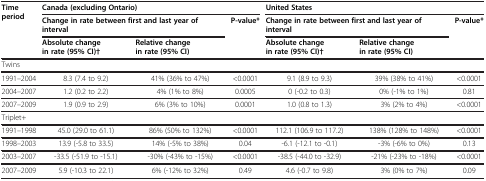
<table><thead><tr><td><b>Time period</b></td><td colspan="3"><b>Canada (excluding Ontario)</b></td><td colspan="3"><b>United States</b></td></tr><tr><td><b> </b></td><td colspan="2"><b>Change in rate between first and last year of interval</b></td><td><b>P-value*</b></td><td colspan="2"><b>Change in rate between first and last year of interval</b></td><td><b>P-value*</b></td></tr><tr><td><b> </b></td><td><b>Absolute change in rate(95% CI)†</b></td><td><b>Relative change in rate(95% CI)</b></td><td><b> </b></td><td><b>Absolute change in rate(95% CI)†</b></td><td><b>Relative change in rate(95% CI)</b></td><td><b> </b></td></tr></thead><tbody><tr><td colspan="7">Twins</td></tr><tr><td>1991–2004</td><td>8.3 (7.4 to 9.2)</td><td>41% (36% to 47%)</td><td>&lt;0.0001</td><td>9.1 (8.9 to 9.3)</td><td>39% (38% to 41%)</td><td>&lt;0.0001</td></tr><tr><td>2004–2007</td><td>1.2 (0.2 to 2.2)</td><td>4% (1% to 8%)</td><td>0.0005</td><td>0 (-0.2 to 0.3)</td><td>0% (-1% to 1%)</td><td>0.81</td></tr><tr><td>2007–2009</td><td>1.9 (0.9 to 2.9)</td><td>6% (3% to 10%)</td><td>0.0001</td><td>1.0 (0.8 to 1.3)</td><td>3% (2% to 4%)</td><td>&lt;0.0001</td></tr><tr><td>Triplet+</td><td> </td><td> </td><td> </td><td> </td><td> </td><td> </td></tr><tr><td>1991–1998</td><td>45.0 (29.0 to 61.1)</td><td>86% (50% to 132%)</td><td>&lt;0.0001</td><td>112.1 (106.9 to 117.2)</td><td>138% (128% to 148%)</td><td>&lt;0.0001</td></tr><tr><td>1998–2003</td><td>13.9 (-5.8 to 33.5)</td><td>14% (-5% to 38%)</td><td>0.04</td><td>-6.1 (-12.1 to -0.1)</td><td>-3% (-6% to 0%)</td><td>0.13</td></tr><tr><td>2003–2007</td><td>-33.5 (-51.9 to -15.1)</td><td>-30% (-43% to -15%)</td><td>&lt;0.0001</td><td>-38.5 (-44.0 to -32.9)</td><td>-21% (-23% to -18%)</td><td>&lt;0.0001</td></tr><tr><td>2007–2009</td><td>5.9 (-10.3 to 22.1)</td><td>6% (-12% to 32%)</td><td>0.49</td><td>4.6 (-0.7 to 9.8)</td><td>3% (0% to 7%)</td><td>0.09</td></tr></tbody></table>